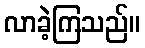
လာခဲ့ကြသည်။